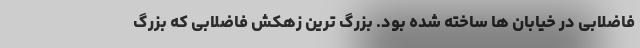
فاضلابی در خیابان ها ساخته شده بود. بزرگ ترین زهکش فاضلابی که بزرگ